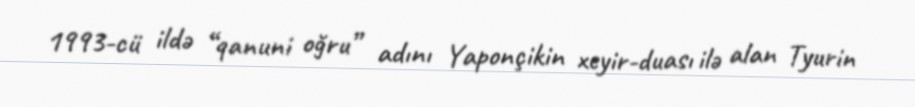
1993-cü ildə “qanuni oğru” adını Yaponçikin xeyir-duası ilə alan Tyurin